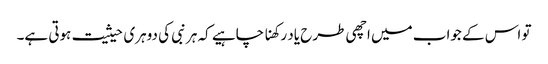
تو اس کے جواب میں اچھی طرح یاد رکھنا چاہیے کہ ہر نبی کی دوہری حیثیت ہوتی ہے۔